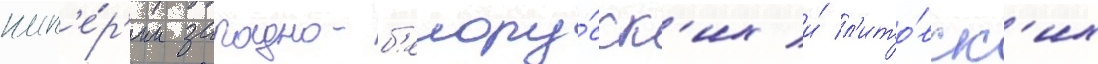
имп'е́р'ии западно-б'елору́сск'их и́ л'ито́вск'их